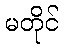
မတိုင်